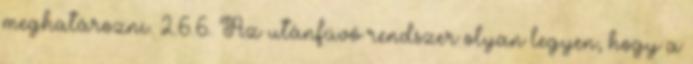
meghatározni. 2.6.6. Az utánfúvó rendszer olyan legyen, hogy a